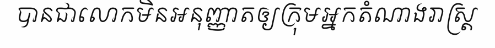
បានជាលោកមិនអនុញ្ញាតឲ្យក្រុមអ្នកតំណាងរាស្ត្រ